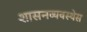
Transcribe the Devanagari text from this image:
शासनव्यवस्थेस